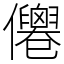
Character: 𠑗